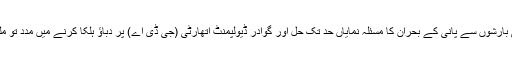
اگرچہ مکران کے ساحلی علاقے میں تقریباً 4 برس بعد حالیہ دنوں میں ہونے والی بارشوں سے پانی کے بحران کا مسئلہ نمایاں حد تک حل اور گوادر ڈیولپمنٹ اتھارٹی (جی ڈی اے) پر دباؤ ہلکا کرنے میں مدد تو ملے گی لیکن شہر کے مکینوں کو آئندہ گرمیوں میں بجلی کی قلت کا سامنا رہے گا۔